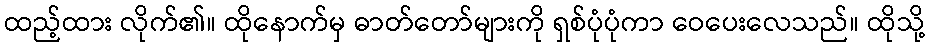
ထည့်ထား လိုက်၏။ ထိုနောက်မှ ဓာတ်တော်များကို ရှစ်ပုံပုံကာ ဝေပေးလေသည်။ ထိုသို့